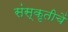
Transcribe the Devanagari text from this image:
संस्कृतीचें